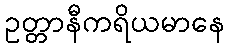
ဥတ္တာနီကရိယမာနေ